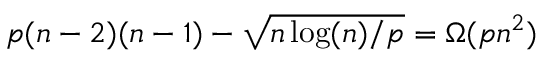
p ( n - 2 ) ( n - 1 ) - \sqrt { n \log ( n ) / p } = \Omega ( p n ^ { 2 } )